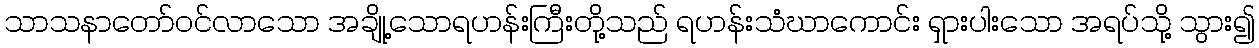
သာသနာတော်ဝင်လာသော အချို့သောရဟန်းကြီးတို့သည် ရဟန်းသံဃာကောင်း ရှားပါးသော အရပ်သို့ သွား၍